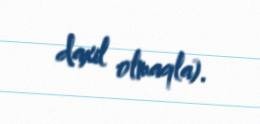
daxil olmaqla).